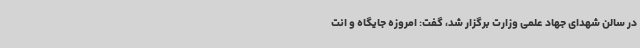
در سالن شهدای جهاد علمی وزارت برگزار شد، گفت: امروزه جایگاه و انت